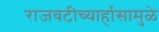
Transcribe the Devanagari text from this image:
राजवटीच्यार्हासामुळे